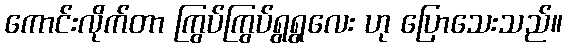
ကောင်းလိုက်တာ ကြွပ်ကြွပ်ရွရွလေး ဟု ပြောသေးသည်။